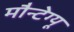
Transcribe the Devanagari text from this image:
मौन्टेग्यू